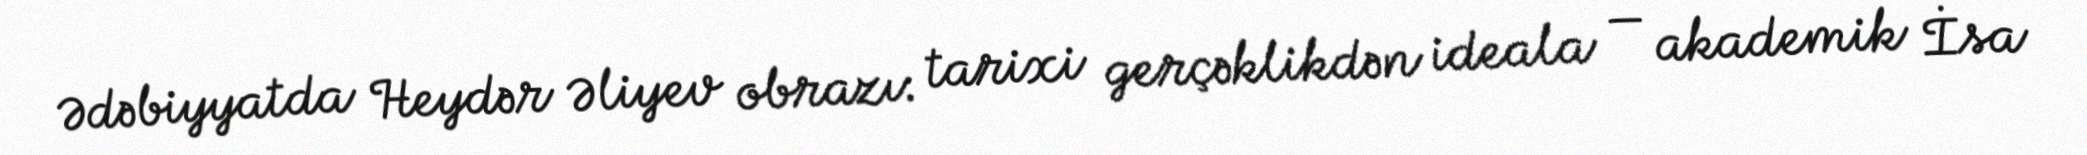
Ədəbiyyatda Heydər Əliyev obrazı: tarixi gerçəklikdən ideala — akademik İsa